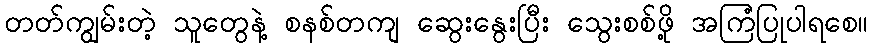
တတ်ကျွမ်းတဲ့ သူတွေနဲ့ စနစ်တကျ ဆွေးနွေးပြီး သွေးစစ်ဖို့ အကြံပြုပါရစေ။